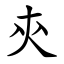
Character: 㚒